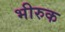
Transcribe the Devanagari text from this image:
भीरुक